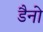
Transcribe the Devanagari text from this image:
डैनो